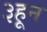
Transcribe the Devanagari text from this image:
३हून